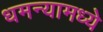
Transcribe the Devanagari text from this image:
धमन्यामध्ये